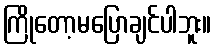
ကြိုတော့မပြောချင်ပါဘူး။